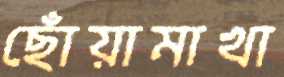
ছোঁয়ামাখা